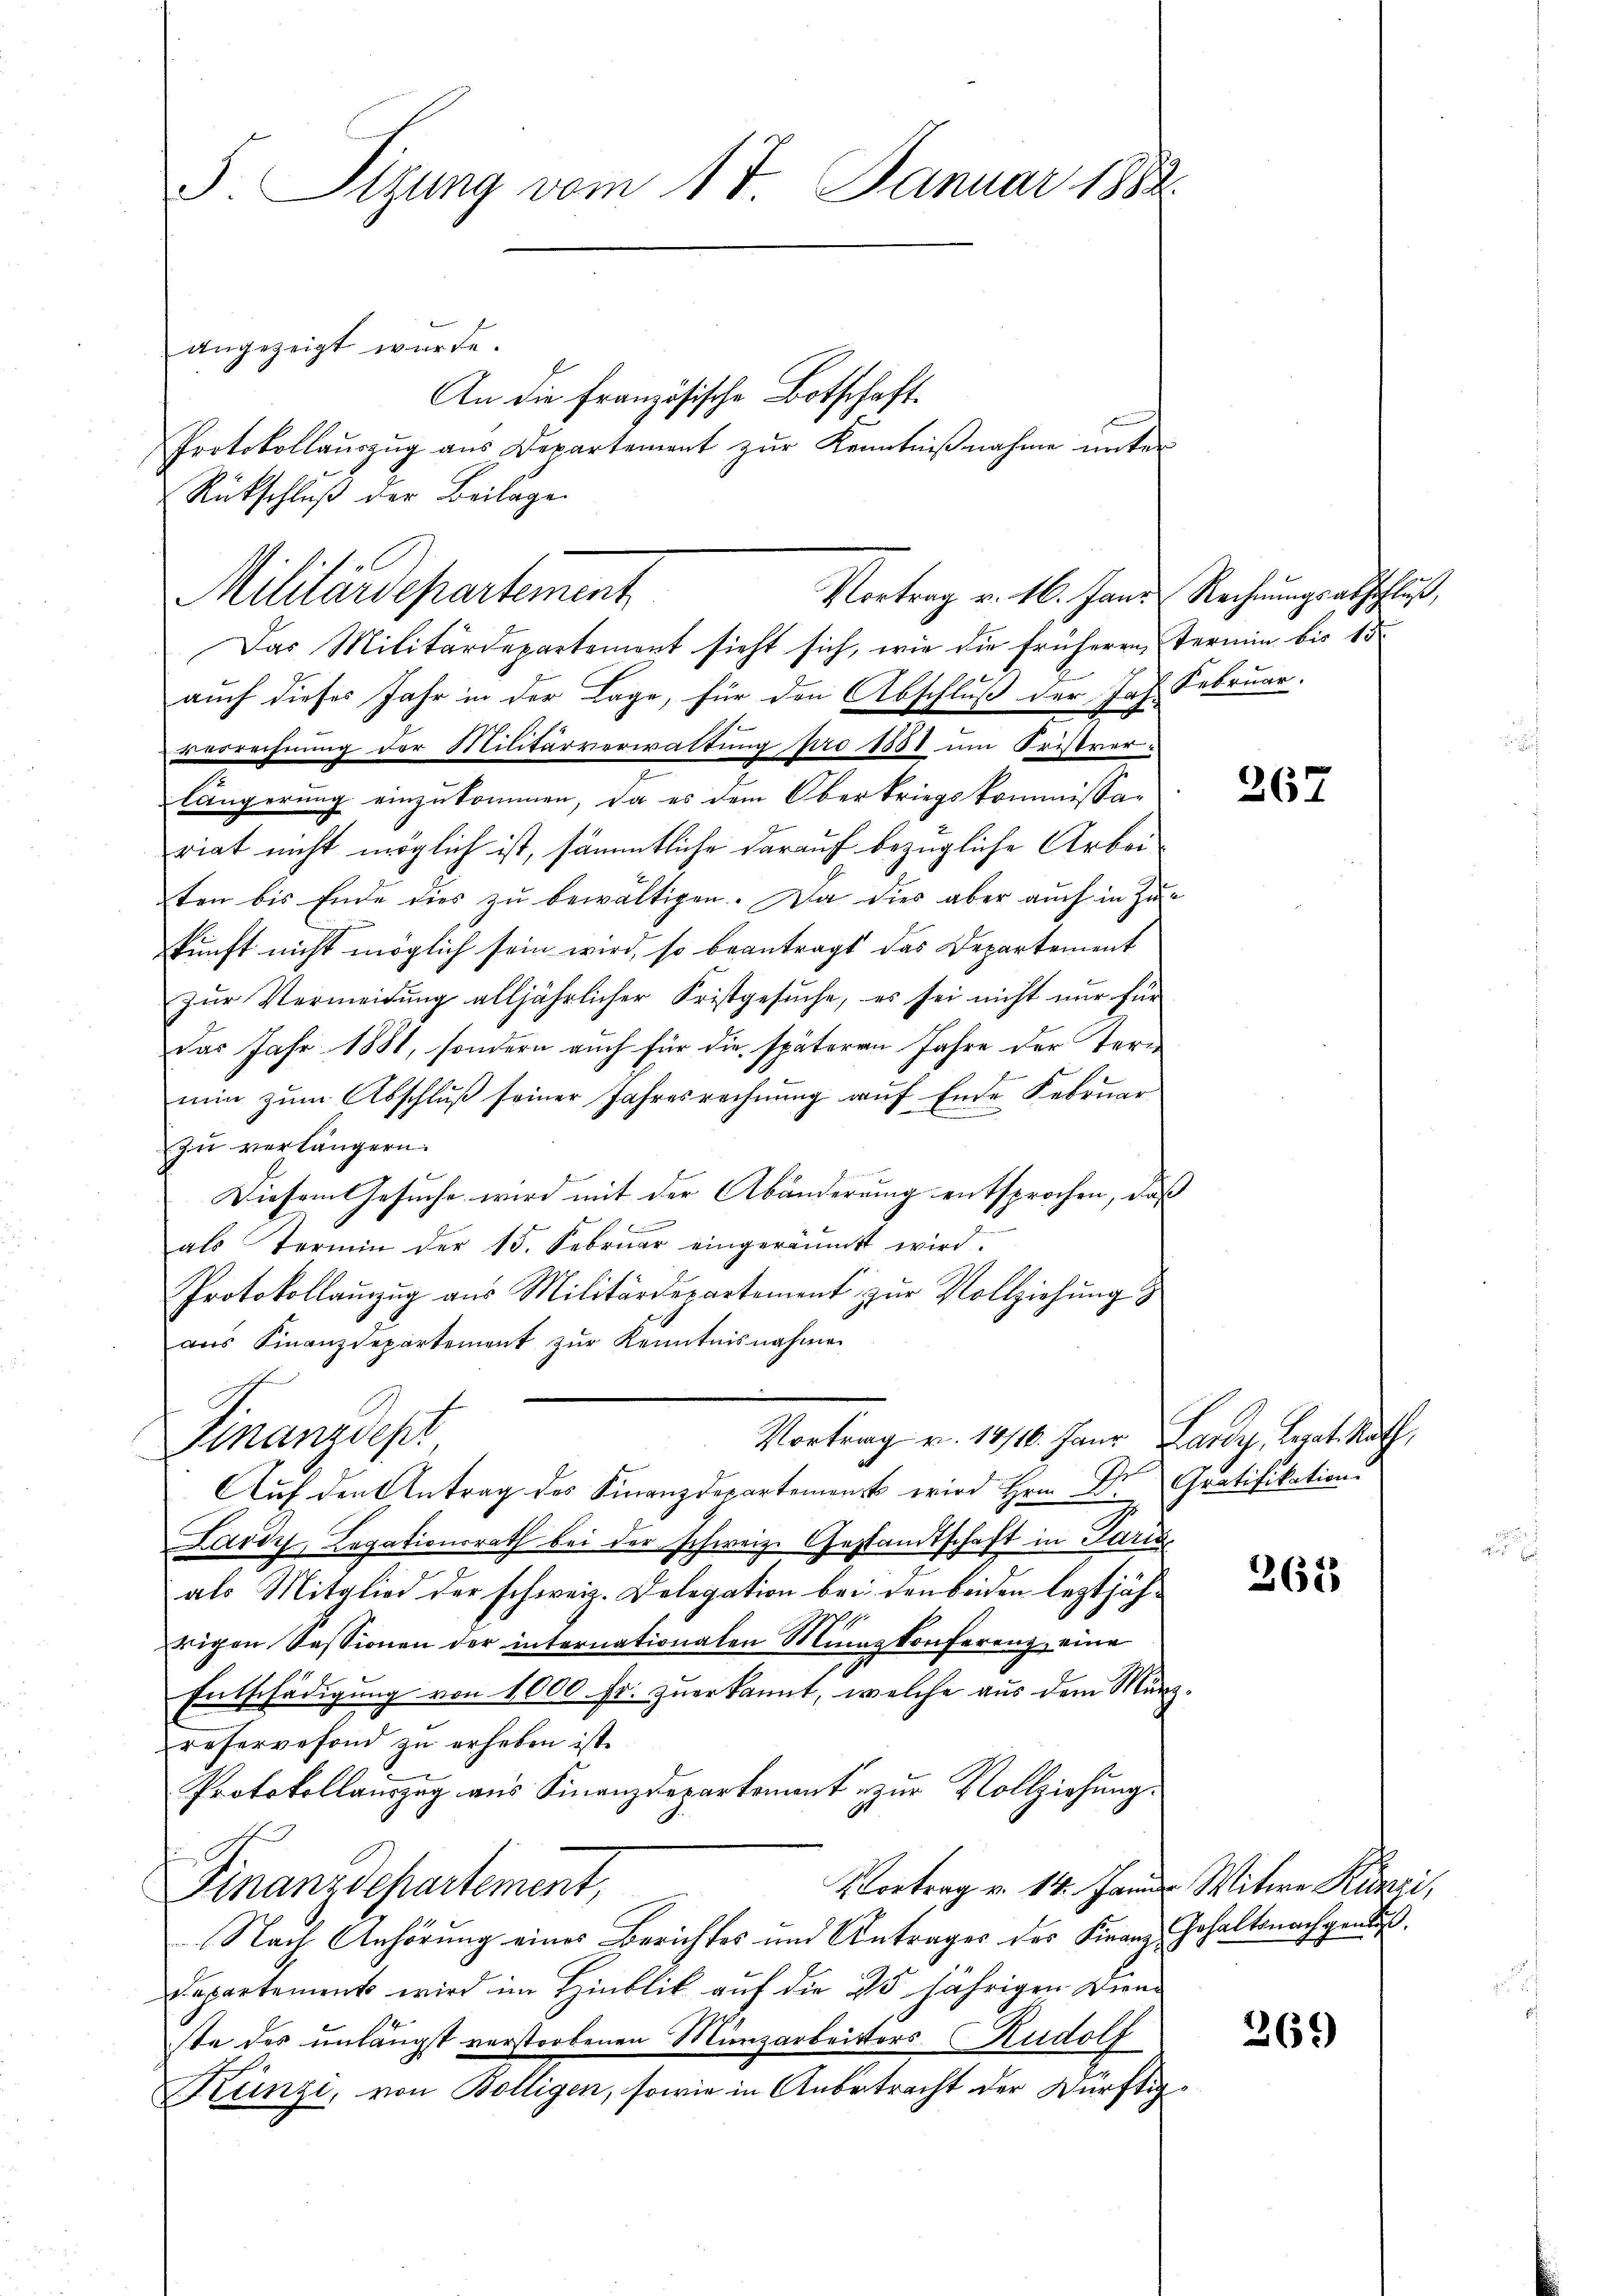
S. Tizung vom 17. Januar 1882

Rückschluß der Beilage
Das Militärdepartemont sieht sich, wie die früheren Termin bis 15
auch dieses Jahr in der Lage, für den Abschluß der Joh. Februar.
verrechnung der Militärverwaltung pro 1881 um Fristverlängerung einzukommen, da es dem Oberkriegskommissa-
riat nicht möglich ist, sämmtliche darauf bezügliche Arbeiten bis Ende dies zu bewältigen. Da dies aber auch in Zu
kunft nicht möglich sein wird, so beantragt das Departement
zur Vermeidung alljährlicher Fristgesuche, es sei nicht nur für
das Jahr 1881, sondern auch für die späteren Jahre der Termin zum Abschluß seiner Jahresrechnung auf Ende Februar
zu verlängern.
Diesem Gesuche wird mit der Abänderung entsprochen, das |
als Termin der 15. Febrŭar eingeräŭmt wird.
Protokollanzug aus Militärdepartement zŭr Vollziehŭng
ans Finanzdepartement zŭr Kenntnisnahmen

Finanzdep

Militärdepartement
Vortrag v. 16. Jani Rechnungsabschluß,

angezeigt wurde.

Auf den Antrag des Finanzdepartement wird Hrn. Dr. Gratifikation
Lardy, Legationsrath bei der schweiz. Gestandtschaft in Paris
als Mitglied der schweiz. Delegation bei den beiden leztjährigen Sessionen der internationalen Münzkonferenz, eine
Entschädigung von 1000 Fr. zuerkannt, welche aus dem Münzreservefond zŭ erheben ist.
Protokollauszug aus Finanzdepartement zur Vollziehung.
Vortrag v. 14. Janus Witwe Künzi,
Finanzdepartement,
Nach Anhörung eines Berichtes und Antrages des Finanz Erhaltsnachgendes.
Departement wird im Hinblik auf die 25 jährigen Dienste des unlängst verstorbenen Münzarbeitters Rudolf
Künzi, von Kölligen, sowie in Anbetracht der Dürftig¬

Vortrag v. 14116. Janr. Lardy, Legat. Rath,

An die französische Botschaft.
Protokollaŭszŭg ans Departement zŭr Kenntniβnahme unter

1

267

362

269